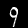
Digit: 9